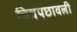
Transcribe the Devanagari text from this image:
चित्रपछावली